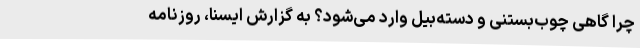
چرا گاهی چوب‌بستنی و دسته‌بیل وارد می‌شود؟ به گزارش ایسنا، روزنامه